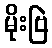
မိုးဗြဲ